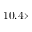
1 0 . 4 \times